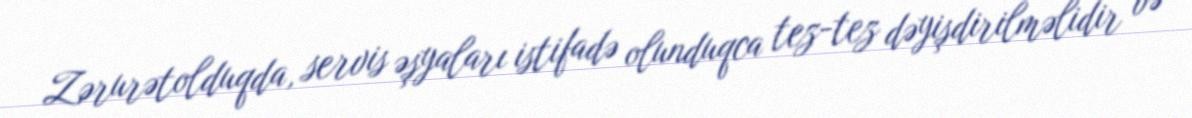
Zərurətolduqda, servis əşyaları istifadə olunduqca tez-tez dəyişdirilməlidir və